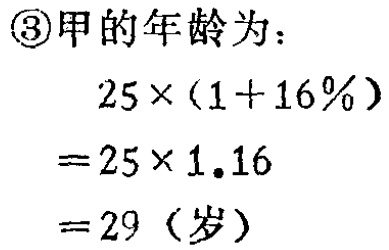
\(

\begin{align*}

&\textcircled{3}\text{甲的年龄为：}\\

&25\times(1 + 16\%)\\

&=25\times1.16\\

&=29(\text{岁})

\end{align*}

\)